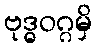
ဗုဒ္ဓဝဂ္ဂမှိ